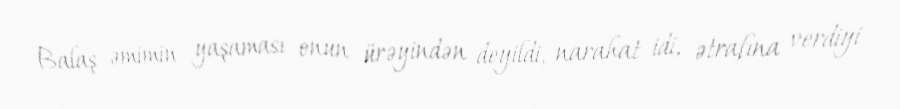
Balaş əmimin yaşaması onun ürəyindən deyildi, narahat idi, ətrafına verdiyi